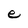
Character: e